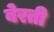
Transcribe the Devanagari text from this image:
बेरती